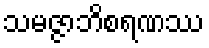
သမဇ္ဇာဘိစရဏဿ